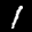
Label: 1